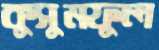
কুসুমফুল